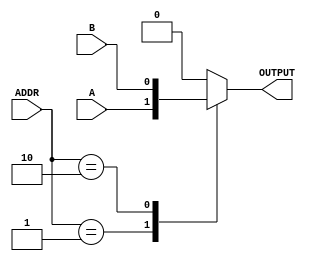
module Multiplexer(
    input wire A,
    input wire B,
    input wire [2:0] ADDR,
    output reg OUTPUT
);

always @* begin
    case (ADDR)
        3'b001: OUTPUT = A;
        3'b010: OUTPUT = B;
        default: OUTPUT = 1'b0;
    endcase
end

endmodule